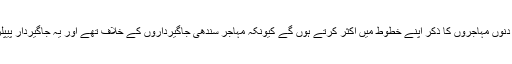
خیال ہے کہ رئیس ان دنوں مہاجروں کا ذکر اپنے خطوط میں اکثر کرتے ہوں گے کیونکہ مہاجر سندھی جاگیرداروں کے خلاف تھے اور یہ جاگیردار پیپلزپارٹی کا حصہ تھے۔